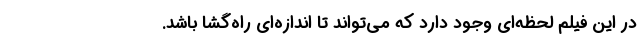
در این فیلم لحظه‌ای وجود دارد که می‌تواند تا اندازه‌ای راه‌گشا باشد.